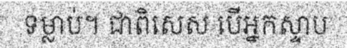
ទម្លាប់។ ជាពិសេស បើអ្នកស្ទាប